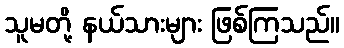
သူမတို့ နယ်သားများ ဖြစ်ကြသည်။